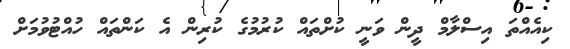
ކިއެއްތަ އިސްލާމް ދީން ވަނީ ކުށްތައް ކުރުމުގެ ކުރިން އެ ކަންތައް ހުއްޓުވުމަށް